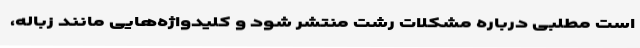
است مطلبی درباره مشکلات رشت منتشر شود و کلید‌واژه‌هایی مانند زباله،